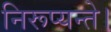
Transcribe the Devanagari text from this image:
निरूप्यन्ते।